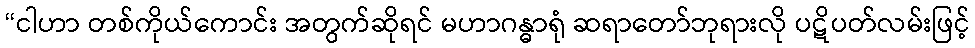
“ငါဟာ တစ်ကိုယ်ကောင်း အတွက်ဆိုရင် မဟာဂန္ဓာရုံ ဆရာတော်ဘုရားလို ပဋိပတ်လမ်းဖြင့်